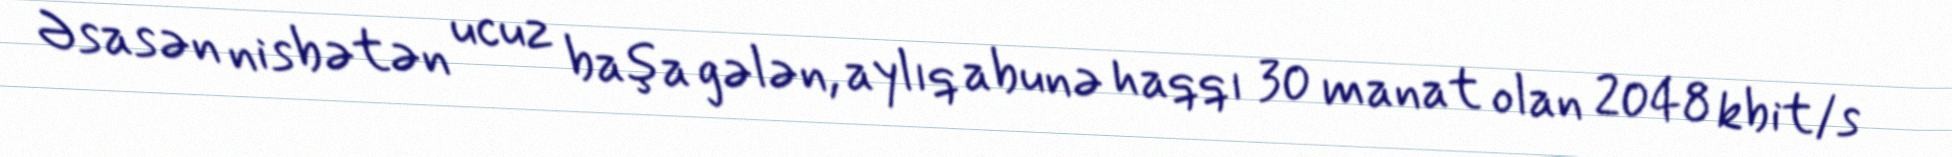
Əsasən nisbətən ucuz başa gələn, aylıq abunə haqqı 30 manat olan 2048 kbit/s